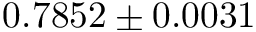
0 . 7 8 5 2 \pm 0 . 0 0 3 1